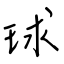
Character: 球